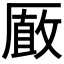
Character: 𠪫